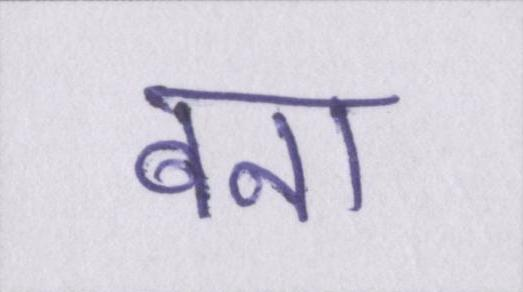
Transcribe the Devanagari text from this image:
बना